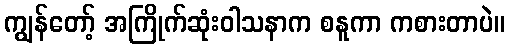
ကျွန်တော့် အကြိုက်ဆုံးဝါသနာက စနူကာ ကစားတာပဲ။